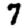
Digit: 7